Report on the cultivation and use of ganja
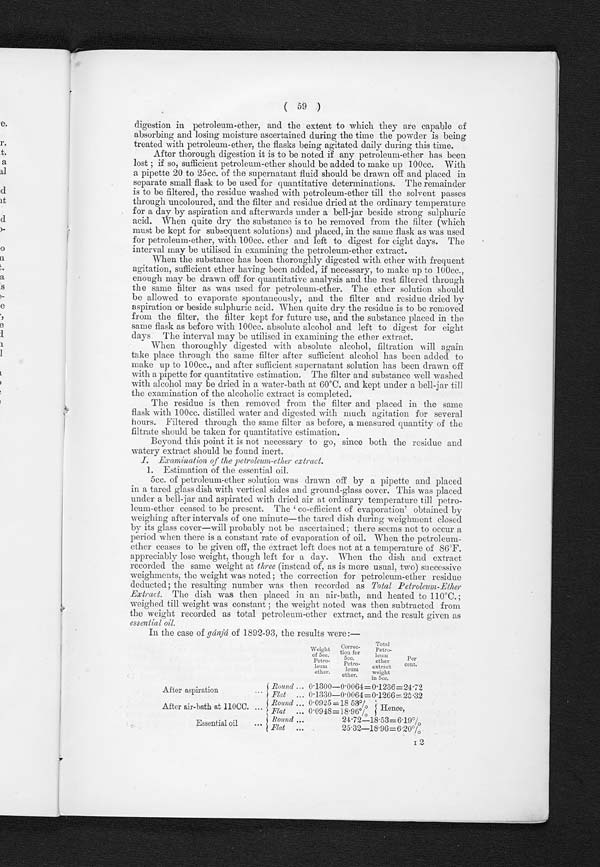
( 59 )
digestion in petroleum-ether, and the extent to which they are capable of
absorbing and losing moisture ascertained during the time the powder is being
treated with petroleum-ether, the flasks being agitated daily during this time.
After thorough digestion it is to be noted if any petroleum-ether has been
lost; if so, sufficient petroleum-ether should be added to make up 100cc. With
a pipette 20 to 25cc. of the supernatant fluid should be drawn off and placed in
separate small flask to be used for quantitative determinations. The remainder
is to be filtered, the residue washed with petroleum-ether till the solvent passes
through uncoloured, and the filter and residue dried at the ordinary temperature
for a day by aspiration and afterwards under a bell-jar beside strong sulphuric
acid. When quite dry the substance is to be removed from the filter (which
must be kept for subsequent solutions) and placed, in the same flask as was used
for petroleum-ether, with 100cc. ether and left to digest for eight days. The
interval may be utilised in examining the petroleum-ether extract.
When the substance has been thoroughly digested with ether with frequent
agitation, sufficient ether having been added, if necessary, to make up to 100cc.,
enough may be drawn off for quantitative analysis and the rest filtered throug
h t h e s a m e f i l t e r a s w a s u s e d f o r p e t r o l e u m - e t h e r . T h e e t h e r s o l u t i o n s h o u l d
be allowed to evaporate spontaneously, and the filter and residue dried by
aspiration or beside sulphuric acid. When quite dry the residue is to be remov
e d f r o m t h e f i l t e r , t h e f i l t e r k e p t f o r f u t u r e u s e , a n d t h e s u b s t a n c e p l a c e d i n t h e
same flask as before with 100cc. absolute alcohol and left to digest for eight
days The interval may be utilised in examining the ether extract.
When thoroughly digested with absolute alcohol, filtration will again
take place through the same filter after sufficient alcohol has been added to
make up to 100cc., and after sufficient supernatant solution has been drawn off
with a pipette for quantitative estimation. The filter and substance well washed
with alcohol may be dried in a water-bath at 60°C. and kept under a bell-jar till
the examination of the alcoholic extract is completed.
The residue is then removed from the filter and placed in the same
flask with100cc. distilled water and digested with much agitation for several
hours. Filtered through the same filter as before, a measured quantity of the
filtrate should be taken for quantitative estimation.
Beyond this point it is not necessary to go, since both the residue and
watery extract should be found inert.
I. Examination of the petroleum-ether extract.
1. Estimation of the essential oil.
5cc. of petroleum-ether solution was drawn off by a pipette and placed
in a tared glass dish with vertical sides and ground-glass cover. This was placed
under a bell-jar and aspirated with dried air at ordinary temperature till Petro-
leum-ether ceased to be present. The 'co-efficient of evaporation' obtained by
weighing after intervals of one minute—the tared dish during weighment closed
by its glass cover—will probably not be ascertained; there seems not to occur a
period when there is a constant rate of evaporation of oil. When the petroleum
-ether ceases to be given off, the extract left does not at a temperature of 86°F.
appreciably lose weight, though left for a day. When the dish and extra
ct recorded the same weight at three (instead of, as is more usual, two) successive
weighments, the weight was noted; the correction for petroleum-ether residue
deducted; the resulting number was then recorded as Total Petroleum-Ether
Extract. The dish was then placed in an air-bath, and heated to 110°C.
weighed till weight was constant; the weight noted was then subtracted from
the weight recorded as total petroleum-ether extract, and the result given as
essential oil.
In the case of gánjá of 1892-93, the results were:—
W e i g h t
of 5cc.
Petro-
leum
ether.
C o r r e c t i o n f o r 5 c c . P e t r o - l e u m
ether.
Total
petro-
leum
ether
extract
weight
5cc..
Per
cent.
A f t e r a s p i r a t i o n . . .
Round ... 0.1300–0.0064=0.1236=24.72
Flat
... 0.1330—0.0064=0.1266=25.32
After air- bath 11000 . .
.
Round ... 0.0925=18 53%
Hence,
Flat ... 0.0948=18 96%
Essential oil . . .
Round ...
24.72—18.53=6.19%
Flat ...
25.32—18.96=6.20%